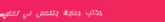
مكتب محاماة متخصص في قضاي